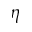
\eta